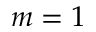
m = 1